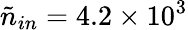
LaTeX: \tilde{n}_{in}=4.2\times 10^{3}